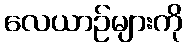
လေယာဉ်များကို